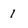
Character: 1